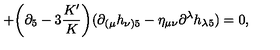
+ \bigg ( \partial _ { 5 } - 3 \frac { K ^ { \prime } } { K } \bigg ) ( \partial _ { ( \mu } h _ { \nu ) 5 } - \eta _ { \mu \nu } \partial ^ { \lambda } h _ { \lambda 5 } ) = 0 ,